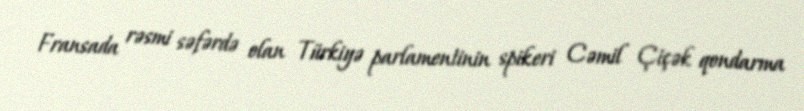
Fransada rəsmi səfərdə olan Türkiyə parlamentinin spikeri Cəmil Çiçək qondarma